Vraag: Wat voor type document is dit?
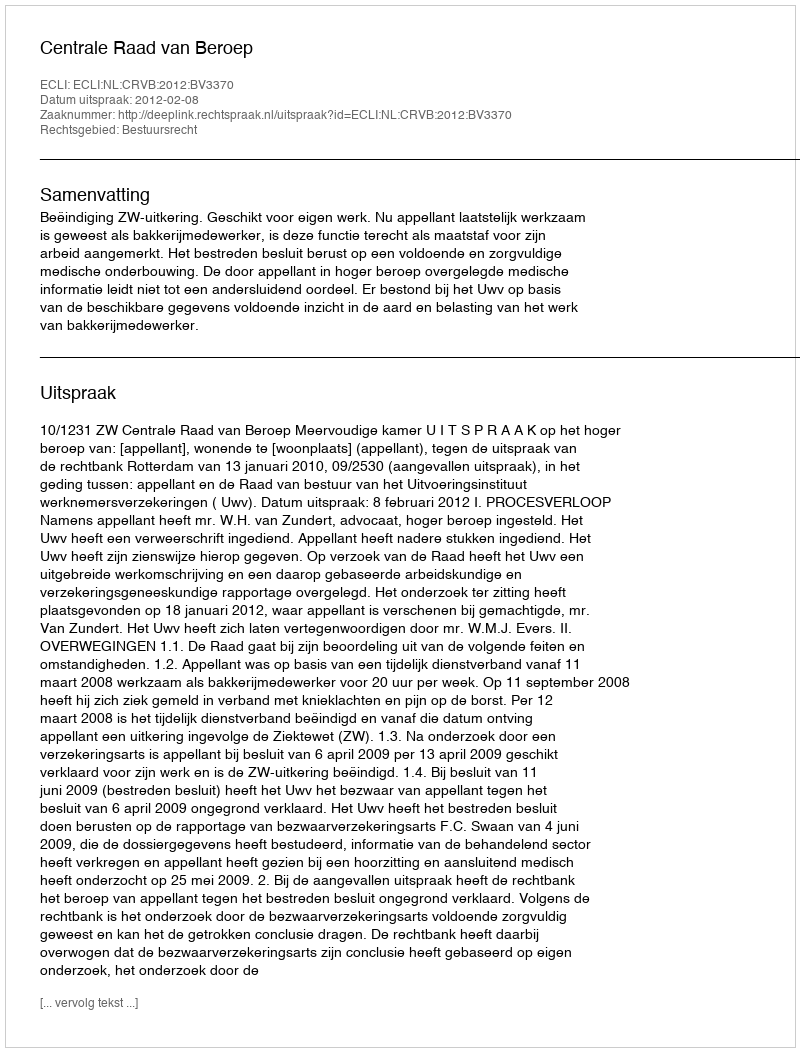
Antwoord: Uitspraak